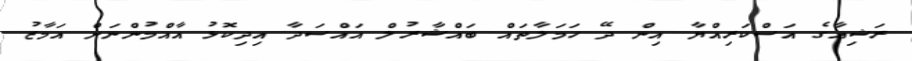
ރަޝިއާގެ އަސްކަރިއްޔާ އިން ދޭ ހަމަލާތައް ބައްޝާރުލް އައްސަދާ އިދިކޮޅު އާއްމުންނަށް އަމާޒު